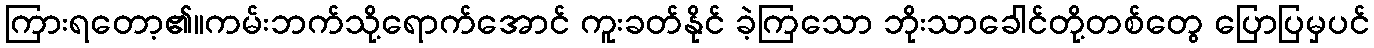
ကြားရတော့၏။ကမ်းဘက်သို့ရောက်အောင် ကူးခတ်နိုင် ခဲ့ကြသော ဘိုးသာခေါင်တို့တစ်တွေ ပြောပြမှပင်